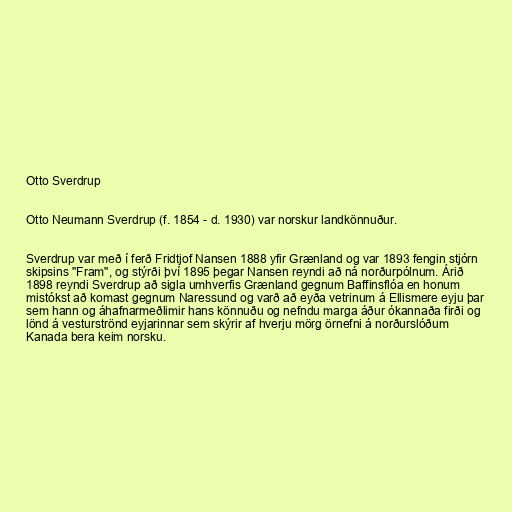
Otto Sverdrup

Otto Neumann Sverdrup (f. 1854 - d. 1930) var norskur landkönnuður.

Sverdrup var með í ferð Fridtjof Nansen 1888 yfir Grænland og var 1893 fengin stjórn
skipsins "Fram", og stýrði því 1895 þegar Nansen reyndi að ná norðurpólnum. Árið
1898 reyndi Sverdrup að sigla umhverfis Grænland gegnum Baffinsflóa en honum
mistókst að komast gegnum Naressund og varð að eyða vetrinum á Ellismere eyju þar
sem hann og áhafnarmeðlimir hans könnuðu og nefndu marga áður ókannaða firði og
lönd á vesturströnd eyjarinnar sem skýrir af hverju mörg örnefni á norðurslóðum
Kanada bera keim norsku.